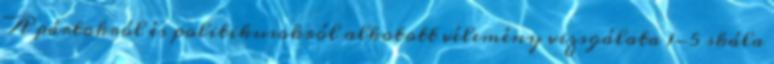
A pártokról és politikusokról alkotott vélemény vizsgálata 1-5 skála